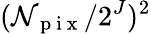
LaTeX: (\mathcal{N}_{\mathrm{{~p~i~x~}}}/2^{J})^{2}